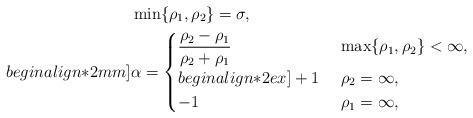
LaTeX: \begin{align*}& \min\{\rho_1,\rho_2\}=\sigma,\\begin{align*}2mm]& \alpha =\begin{cases}\dfrac{\rho_2-\rho_1}{\rho_2+\rho_1} &\ \max\{\rho_1,\rho_2\}<\infty,\\begin{align*}2ex]+1 &\ \rho_2=\infty,\\-1 &\ \rho_1=\infty,\end{cases}\end{align*}